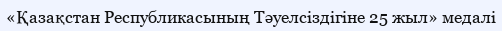
«Қазақстан Республикасының Тәуелсіздігіне 25 жыл» медалі